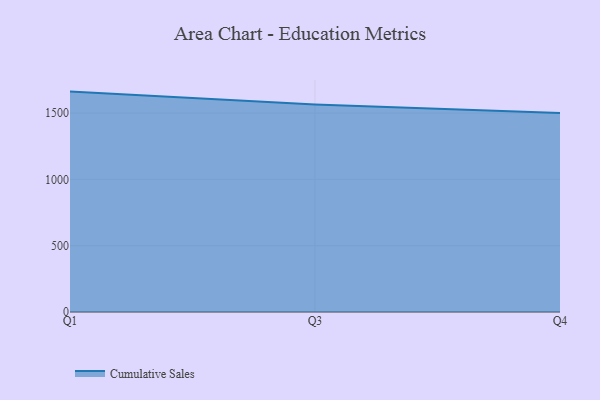
{"axis": {"x": "Quarter", "y": "Satisfaction Score"}, "legend": ["Cumulative Sales"], "data": [{"x": "Q1", "y": 1662.0, "type": "Cumulative Sales"}, {"x": "Q3", "y": 1565.0, "type": "Cumulative Sales"}, {"x": "Q4", "y": 1500.4, "type": "Cumulative Sales"}]}